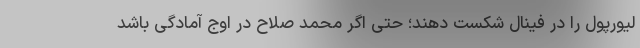
لیورپول را در فینال شکست دهند؛ حتی اگر محمد صلاح در اوج آمادگی باشد